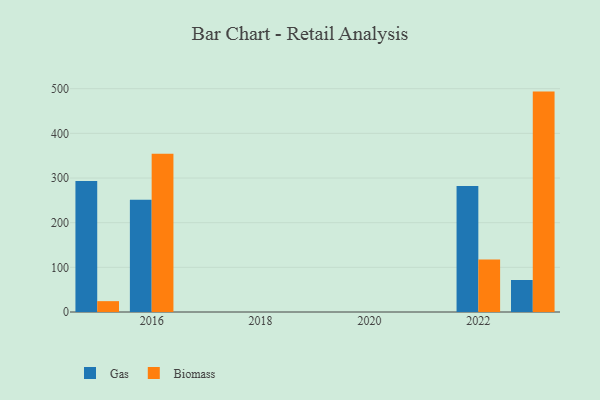
{"axis": {"x": "Year", "y": "Budget (USD K)"}, "legend": ["Biomass", "Gas"], "data": [{"x": "2016", "y": 251.6, "type": "Gas"}, {"x": "2016", "y": 354.1, "type": "Biomass"}, {"x": "2022", "y": 282.2, "type": "Gas"}, {"x": "2022", "y": 117.4, "type": "Biomass"}, {"x": "2015", "y": 293.3, "type": "Gas"}, {"x": "2015", "y": 24.3, "type": "Biomass"}, {"x": "2023", "y": 71.6, "type": "Gas"}, {"x": "2023", "y": 493.5, "type": "Biomass"}]}